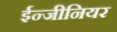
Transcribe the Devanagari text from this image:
ईन्जीनियर